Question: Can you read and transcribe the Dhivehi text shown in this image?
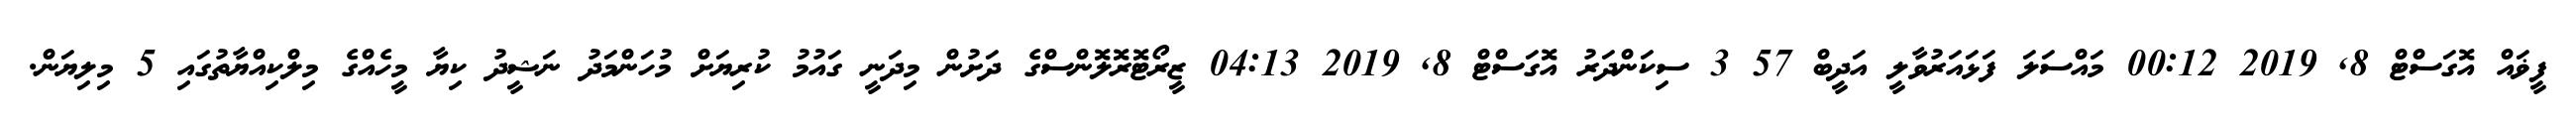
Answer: ފީޥައް އޮގަސްޓް 8, 2019 00:12 މައްސަލަ ފަޅައަރުވާލީ އަދީބް 57 3 ސިކަންދަރު އޮގަސްޓް 8, 2019 04:13 ޒީރޯޓޮރޮލޮންސްގެ ދަށުން މިދަނީ ގައުމު ކުރިޔަށް މުހަންމަދު ނަޝީދު ކިޔާ މީހެއްގެ މިލްކިއްޔާތުގައި 5 މިލިޔަން.